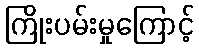
ကြိုးပမ်းမှုကြောင့်